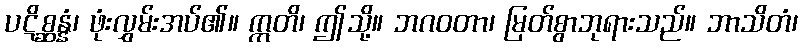
ပဋိစ္ဆန္နံ၊ ဖုံးလွှမ်းအပ်၏။ ဣတိ၊ ဤသို့။ ဘဂဝတာ၊ မြတ်စွာဘုရားသည်။ ဘာသိတံ၊